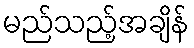
မည်သည့်အချိန်